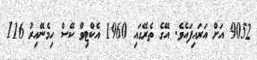
9052 އަށް އަރައިފައެވެ. އޭގެ ތެރޭގައި 1960 އެކްޓިވް ކޭސް ހިމެނޭއިރު 116